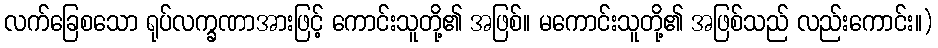
လက်ခြေစသော ရုပ်လက္ခဏာအားဖြင့် ကောင်းသူတို့၏ အဖြစ်။ မကောင်းသူတို့၏ အဖြစ်သည် လည်းကောင်း။)